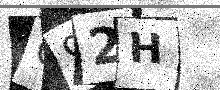
Text: O92H